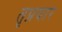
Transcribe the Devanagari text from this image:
तृप्रयार